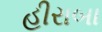
હીરાબા